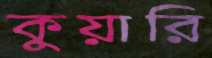
কুয়ারি